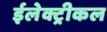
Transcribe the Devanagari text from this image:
ईलेक्ट्रीकल